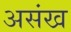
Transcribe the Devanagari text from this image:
असंख